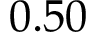
0 . 5 0